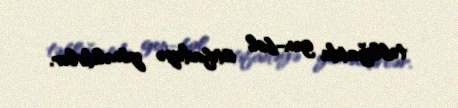
təbliğatda gen-bol istifadəyə yönəldirlər.